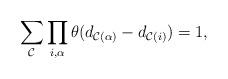
LaTeX: \begin{align*}\sum_{\cal{C}}\prod_{i,\alpha}\theta(d_{{\cal{C}}(\alpha)}-d_{{\cal{C}}(i)})=1,\end{align*}